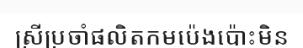
ស្រីប្រចាំផលិតកមប៉េងប៉ោះមិន